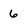
Character: 6